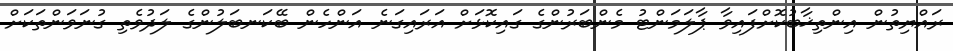
ރައްޔިތުން އިންތިޚާބުކޮށްފައިވާ ޕާލަމަންޓު މެންބަރުންގެ ގައިކޮޅަށް އަރައިގަނެ އަންހެން ބޭކަނބަލުންގެ ލަދުވެތި ގުނަވަންތަކަށް